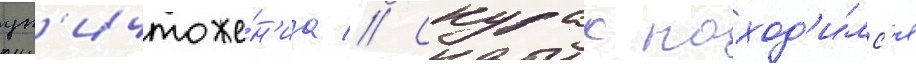
ун'ичтоже́н'иа // Скурас наход'и́лс'я